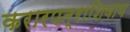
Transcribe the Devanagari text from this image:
करारपत्राशिवाय